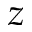
z